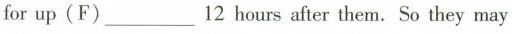
for up(F)___12 hours after them. So they may